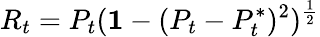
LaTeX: R_{t}=P_{t}({\mathbf 1}-(P_{t}-P_{t}^{*})^{2})^{\frac{1}{2}}